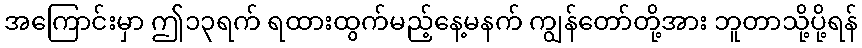
အကြောင်းမှာ ဤ၁၃ရက် ရထားထွက်မည့်နေ့မနက် ကျွန်တော်တို့အား ဘူတာသို့ပို့ရန်